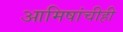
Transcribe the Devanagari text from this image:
आमिषांचीही